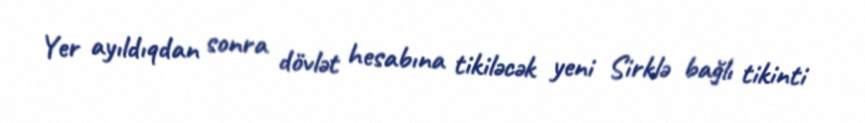
Yer ayıldıqdan sonra dövlət hesabına tikiləcək yeni Sirklə bağlı tikinti